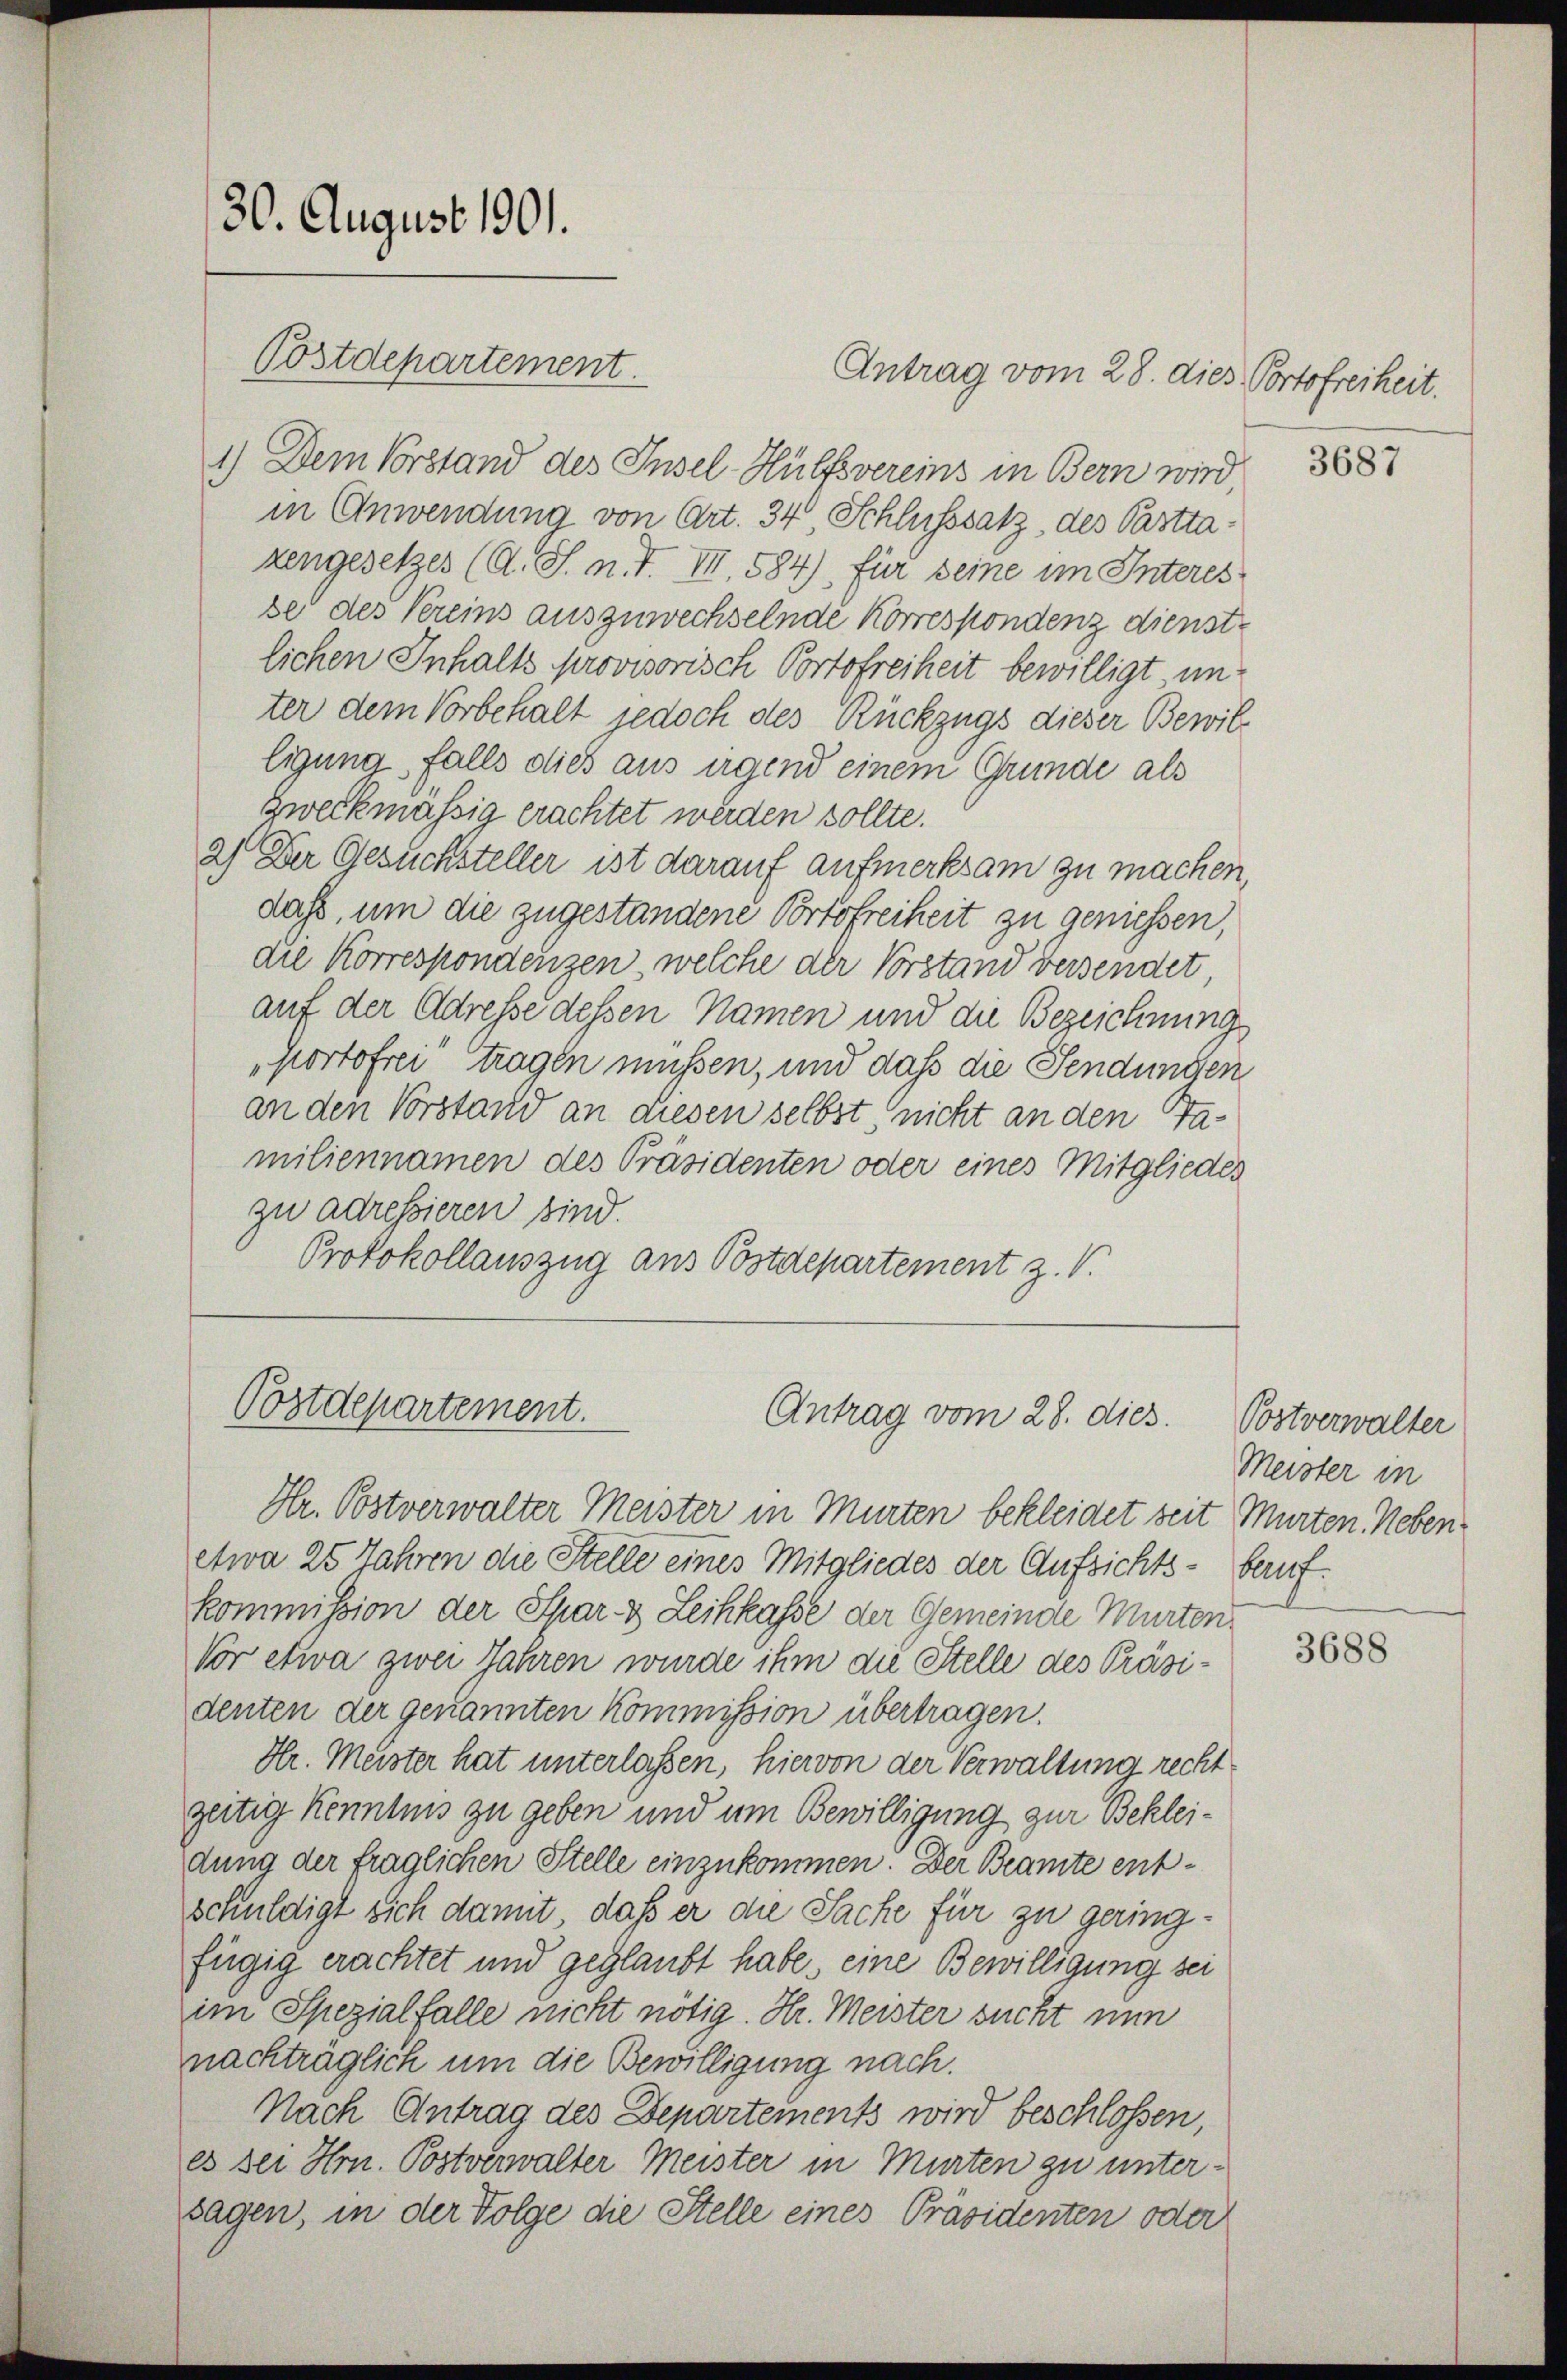
Antrag vom 28. dies Portofreiheit.
1.) Dem Vorstand des Insel-Hülfsvereins in Bern wird
in Anwendung von Art. 34 Schlusssatz, des Pasttazengesetzes (A. S. m. I. III, 584), für seine im Interes
se des Vereins auszuwechselnde Korrespondenz dienstlichen Inhalts provisorisch Portofreiheit bewilligt unter dem Vorbehalt jedoch des Rückzugs dieser Bewilligung falls dies aus irgend einem Grunde als
Zweckmässig erachtet werden sollte.
2) Der Gesuchsteller ist darauf aufmerksam zu machen,
dass, um die zugestandene Portofreiheit zu geniessen,
die Korrespondenzen welche der Vorstand versendet,
auf der Adresse dessen Namen und die Bezeichnungs
Portofrei tragen müssen, und daß die Sendungen
an den Vorstand an diesen selbst, nicht an den Tamiliennamen des Präsidenten oder eines Mitgliedes
zu adressieren sind.
Protokollauszug aus Postdepartement z. V.

30. August 1901.
Postdepartement.

Postdepartement.

Antrag vom 28. dies.

Hr. Bostverwalter Meister in Murten bekleidet seit Murten. Nebenetwa 25 Jahren die Stelle eines Mitgliedes der Aufsichts-Beruf
kommission der Spar- & Leihkasse der Gemeinde Murten
Vor etwa zwei Jahren wurde ihm die Stelle des Präsidenten der genannten Kommission übertragen.
Hr. Meister hat unterlassen, hiervon der Verwaltung recht
zeitig Kenntnis zu geben und um Bewilligung zur Bekleidung der fraglichen Stelle einzukommen. Der Beamte entschuldigt sich damit, daß er die Sache für zu geringfügig erachtet und geglaubt habe, eine Bewilligung sei
im Spezialfalle nicht nötig. Hr. Meister sucht nun
nachträglich um die Bewilligung nach.
Nach Antrag des Departements wird beschlossen,
es sei Hrn. Postverwalter Meister in Murten zu untersagen, in der Folge die Stelle eines Präsidenten oder

3687

Postverwalter
Meister in

3688